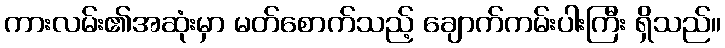
ကားလမ်း၏အဆုံးမှာ မတ်စောက်သည့် ချောက်ကမ်းပါးကြီး ရှိသည်။